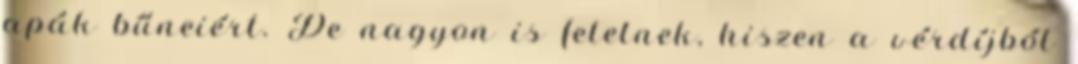
apák bűneiért. De nagyon is felelnek, hiszen a vérdíjból